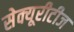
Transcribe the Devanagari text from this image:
सेक्यूरीटीज